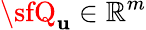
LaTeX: {\sfQ_{\mathbf{u}}}\in\mathbb{{R}}^{m}